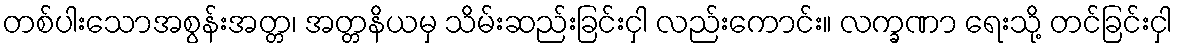
တစ်ပါးသောအစွန်းအတ္တ၊ အတ္တနိယမှ သိမ်းဆည်းခြင်းငှါ လည်းကောင်း။ လက္ခဏာ ရေးသို့ တင်ခြင်းငှါ